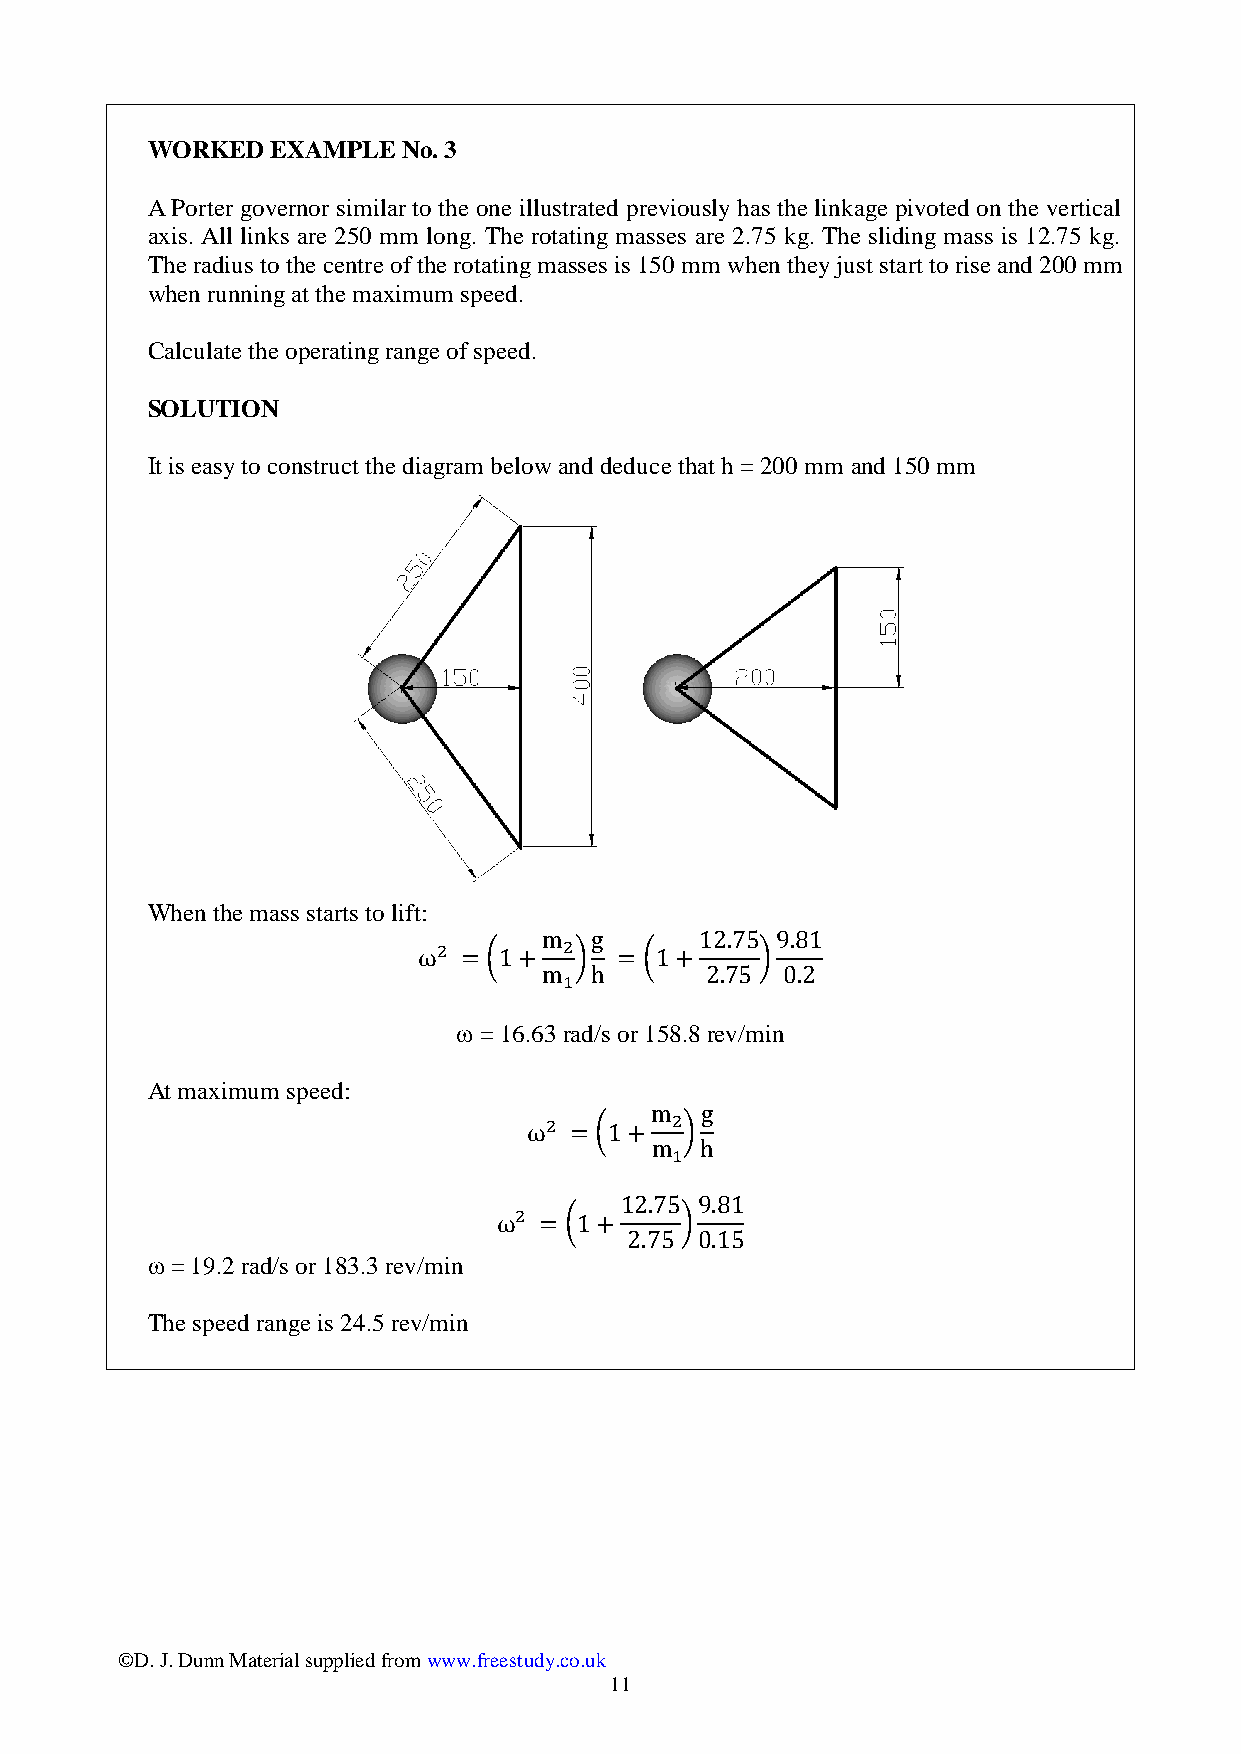
WORKED  EXAMPLE  No. 3
 A Porter governor similar to the one illustrated previously has the linkage pivoted on the vertical
 axis. All links are 250 mm long. The rotating masses are 2.75 kg. The sliding mass is 12.75 kg.
 The radius to the centre of the rotating masses is 150 mm when they just start to rise and 200 mm
 when running at the maximum speed.
 Calculate the operating range of speed.
 SOLUTION
 It is easy to construct the diagram below and deduce that h = 200 mm and 150 mm
 When the mass starts to lift:
  = 16.63 rad/s or 158.8 rev/min
 At maximum speed:
  = 19.2 rad/s or 183.3 rev/min
 The speed range is 24.5 rev/min
 ©D. J. Dunn Material supplied from www.freestudy.co.uk
 11